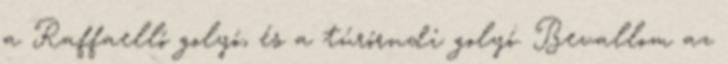
a Raffaelló golyó, és a túrórudi golyó. Bevallom az